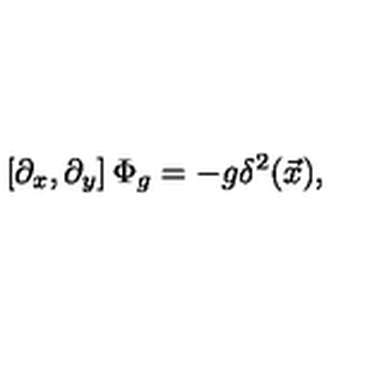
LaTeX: \left[ \partial _ { x } , \partial _ { y } \right] \Phi _ { g } = - g \delta ^ { 2 } ( \vec { x } ) ,